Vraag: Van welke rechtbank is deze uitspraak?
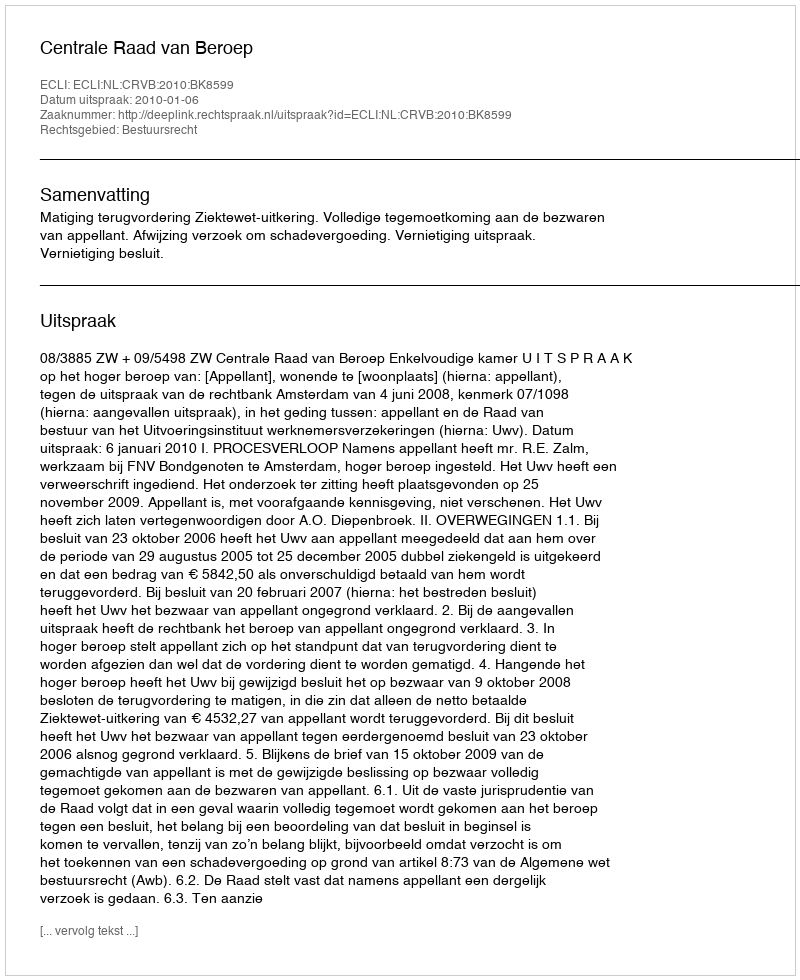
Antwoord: Centrale Raad van Beroep